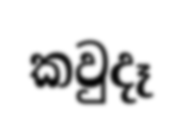
කවුදෑ